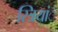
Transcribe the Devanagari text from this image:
स्त्रियांॅ